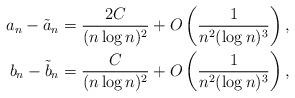
LaTeX: \begin{align*} a_n - \tilde{a}_n = \frac{2C}{(n\log n)^2} + O\left(\frac{1}{n^2(\log n)^3}\right), \\ b_n - \tilde{b}_n = \frac{C}{(n \log n)^2} + O\left(\frac{1}{n^2(\log n)^3}\right), \end{align*}